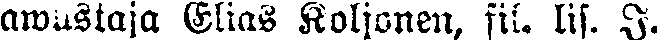
awustaja Elias Koljonen, fil. lis. I.